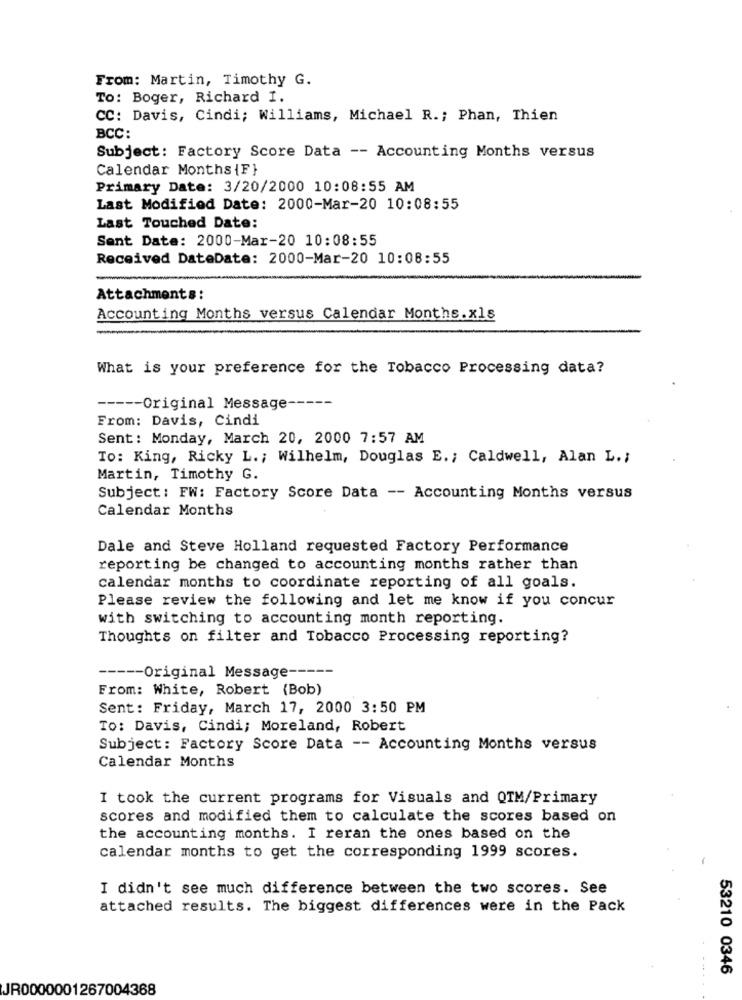
From: Martin, Timothy G.
To: Boger, Richard I.
CC: Davis, Cindi; Williams, Michael R .; Phan, Thien
BCC:
Subject: Factory Score Data -- Accounting Months versus
Calendar Months {F}
Primary Date: 3/20/2000 10:08:55 AM
Last Modified Date: 2000-Mar-20 10:08:55
Last Touched Date:
Sent Date: 2000-Mar-20 10:08:55
Received DateDate: 2000-Mar-20 10:08:55
Attachments:
Accounting Months versus Calendar Months.xls
What is your preference for the Tobacco Processing data?
----- Original Message-
From: Davis, Cindi
Sent: Monday, March 20, 2000 7:57 AM
To: King, Ricky L .; Wilhelm, Douglas E .; Caldwell, Alan L .;
Martin, Timothy G.
Subject: FW: Factory Score Data -- Accounting Months versus
Calendar Months
Dale and Steve Holland requested Factory Performance
reporting be changed to accounting months rather than
calendar months to coordinate reporting of all goals.
Please review the following and let me know if you concur
with switching to accounting month reporting.
Thoughts on filter and Tobacco Processing reporting?
----- Original Message -----
From: White, Robert (Bob)
Sent: Friday, March 17, 2000 3:50 PM
To: Davis, Cindi; Moreland, Robert
Subject: Factory Score Data -- Accounting Months versus
Calendar Months
I took the current programs for Visuals and QTM/Primary
scores and modified them to calculate the scores based on
the accounting months. I reran the ones based on the
calendar months to get the corresponding 1999 scores.
I didn't see much difference between the two scores. See
attached results. The biggest differences were in the Pack
53210 0346
JR0000001267004368